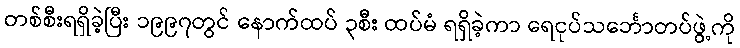
တစ်စီးရရှိခဲ့ပြီး ၁၉၉၇တွင် နောက်ထပ် ၃စီး ထပ်မံ ရရှိခဲ့ကာ ရေငုပ်သင်္ဘောတပ်ဖွဲ့ကို